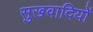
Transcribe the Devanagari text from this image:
सुखवादियों